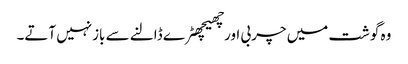
وہ گوشت میں چربی اورچھیچھٹرے ڈالنے سے بازنہیں آتے۔